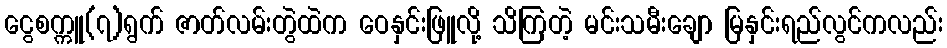
ငွေစက္ကူ(၇)ရွက် ဇာတ်လမ်းတွဲထဲက ဝေနှင်းဖြူလို့ သိကြတဲ့ မင်းသမီးချော မြနှင်းရည်လွင်ကလည်း